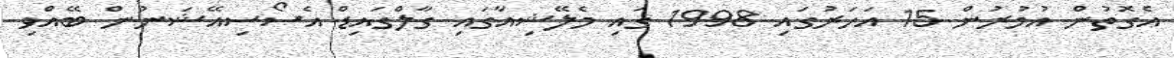
އެގޮތުން އުމުރުން 15 އަހަރުގައި 1998 ގައި މެލޭޝިއާގައި ގާލްގައިޑް އެސޯސިއޭޝަނުން ބޭއްވި